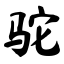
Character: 驼